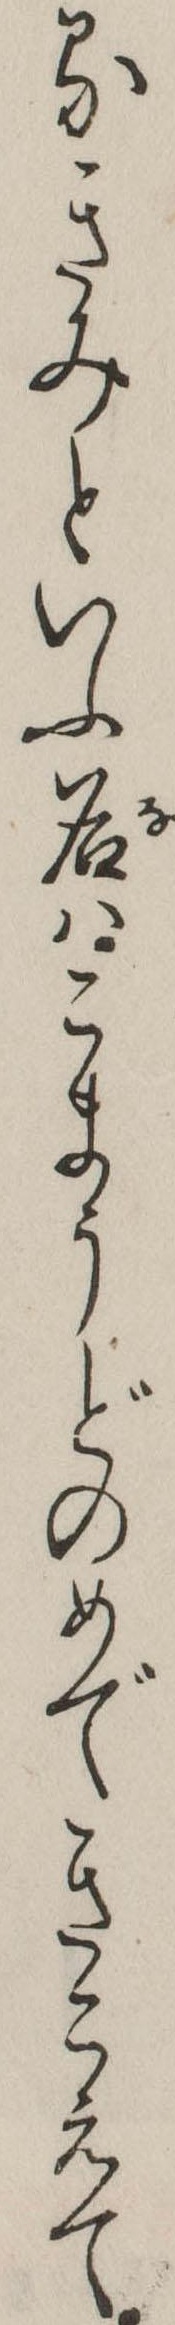
るきみといふ名はこまうどのめできこえて